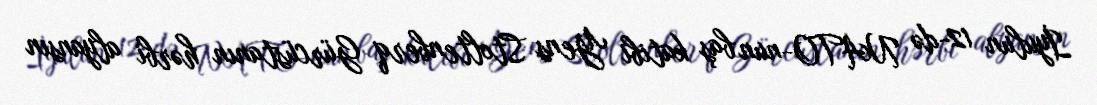
İyulun 12-də NATO-nun baş katibi Yens Stoltenberq Gürcüstanın hərbi alyansın